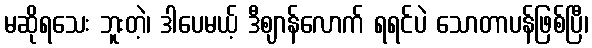
မဆိုရသေး ဘူးတဲ့၊ ဒါပေမယ့် ဒီဈာန်လောက် ရရင်ပဲ သောတာပန်ဖြစ်ပြီ၊